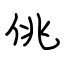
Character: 佻